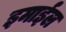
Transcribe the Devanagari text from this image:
इमाईल